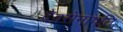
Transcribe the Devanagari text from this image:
देवसेनापति